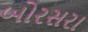
બોરસરા